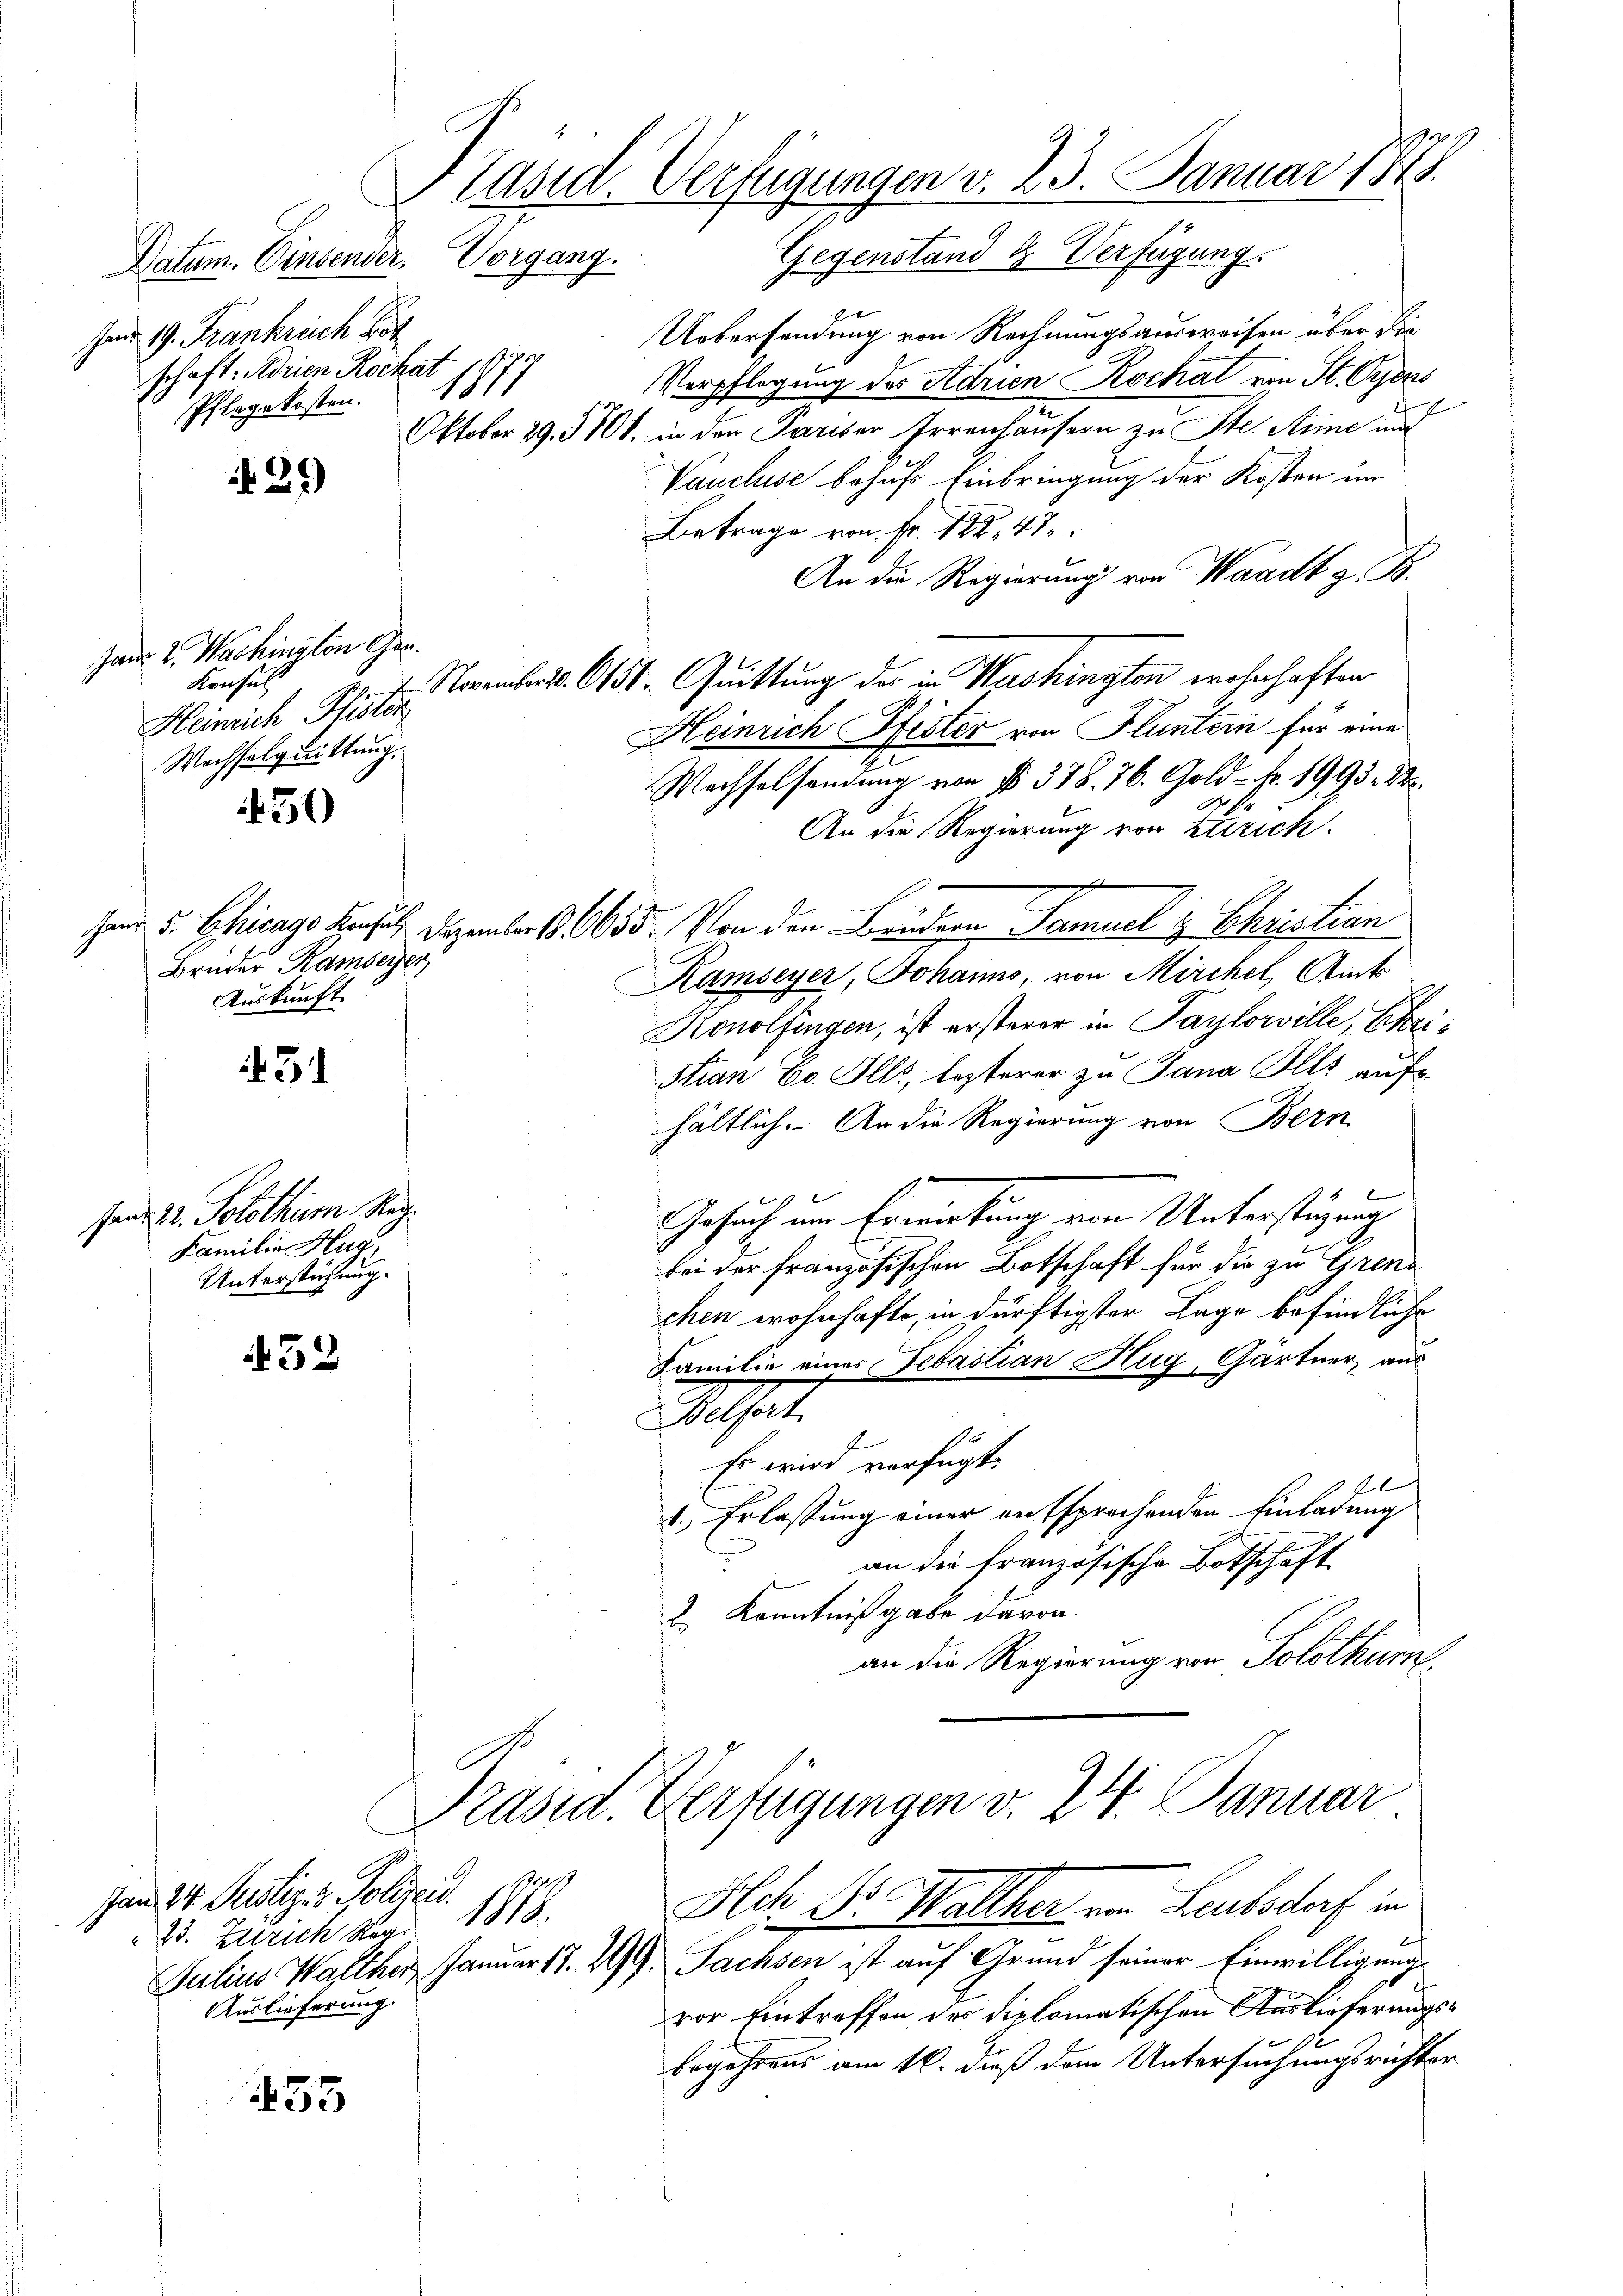
Datum. Einsender: Vorgang.
Jar 19. Frankreich Hot
schaft: Adrien Rochat
1
Pflegekosten.

25)

Bruder Ramseyer,
Auskunft.

Jand 22. Solothum Nac
Familie Hug
Unterstüzung.

Janr. 2. Washington Gen
Konsul
Heinrich Pfister
Wechselgwittung.

450

31

452

53

Uebersendung von Rechnungsausweisen über die
Verpflegung des Adrien Kochal von St. Orzens
Oktober 29. 510 f. in den Pariser Irrenhäusern zu Ster Anne aus
Vaucluse behufs Einbringung der Kosten un
Betrage von Fr. 122, 47
An die Regierung von Waadt z. B
Wechselsendung von No 378. 76. Gold - Fr. 1993. 22.
An die Regierung von Zürich.
hen u. Chicago Basel. Dezember 1655. Von den Brudern Samuel & Schristian
Ramseyer, Johanns, von Mirchel, Amts
Konolfingen, ist ersterer in Paylowille, Schristian Eo. Ills, lezterer zu Tana Alls aufhältlich. An die Regierung von Bern
l
Gesuch um Erwirkung von Unterstüzung
bei der französischen Botschaft für die zu Grenz
chen wohnhafte, in dürftigster Lage befindliche
Familie eines Sebastian Hug, Gärtner, aus
Belfort
Es wird verfügt:
1.) Erlassung einer entsprechenden Einladung
an die französische Botschaft
2 Kenntnißgabe davon.
an die Regierung von Solothur

Jam 24. Justiz & Polizei.
1089
23. Zürich Reg.
Auslieferung.

Präsid. Verfügungen d. 23. Januar 1848.
Gegenstand & Verfügung.

7. November 651. Quittung des in Washingten wohnhaften
Heinrich Pfister von Fluntern für eine

Präsid. Verfügungen v. 24. Januar
Ach Dr. Walther im Laubsdorf im
Julius Walther Januar 17. 299, Sachsen ist auf Grund seiner Einwilligung

vor Eintreffen des diplomatischen Auslieferungsbegehrens am 16. dieß dem Untersuchungsrichter

9